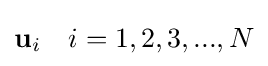
{\textbf {u}}_{i}\quad i=1,2,3,...,N